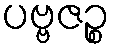
ပဗ္ဗဇဉ္စ